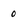
Character: 0